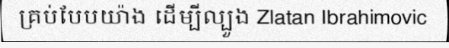
គ្រប់បែបយ៉ាង ដើម្បីល្បួង Zlatan Ibrahimovic